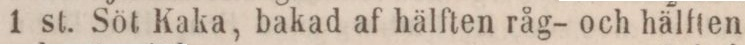
1 st. Söt Kaka, bakad af hälften råg- och hälften